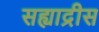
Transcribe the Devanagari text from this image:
सह्याद्रीस